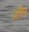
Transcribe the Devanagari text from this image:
ज़ौम